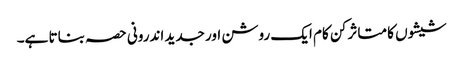
شیشوں کا متاثر کن کام ایک روشن اور جدید اندرونی حصہ بناتا ہے۔